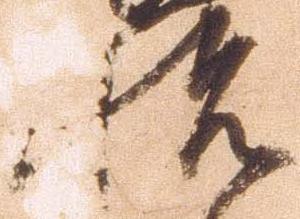
悦